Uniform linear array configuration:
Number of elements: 32
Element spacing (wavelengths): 1
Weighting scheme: hamming
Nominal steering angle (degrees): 45
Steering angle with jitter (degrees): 44.518
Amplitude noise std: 0.05
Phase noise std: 0.05

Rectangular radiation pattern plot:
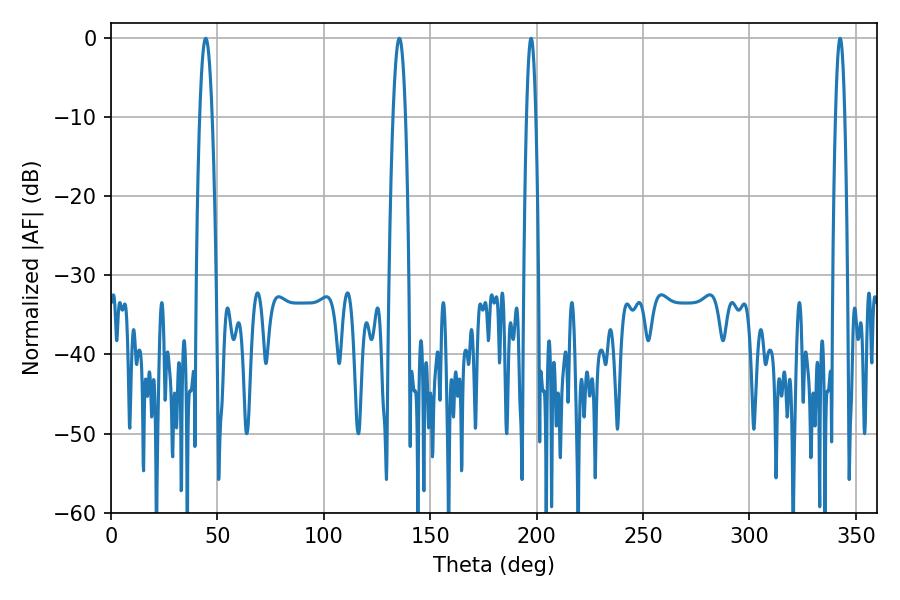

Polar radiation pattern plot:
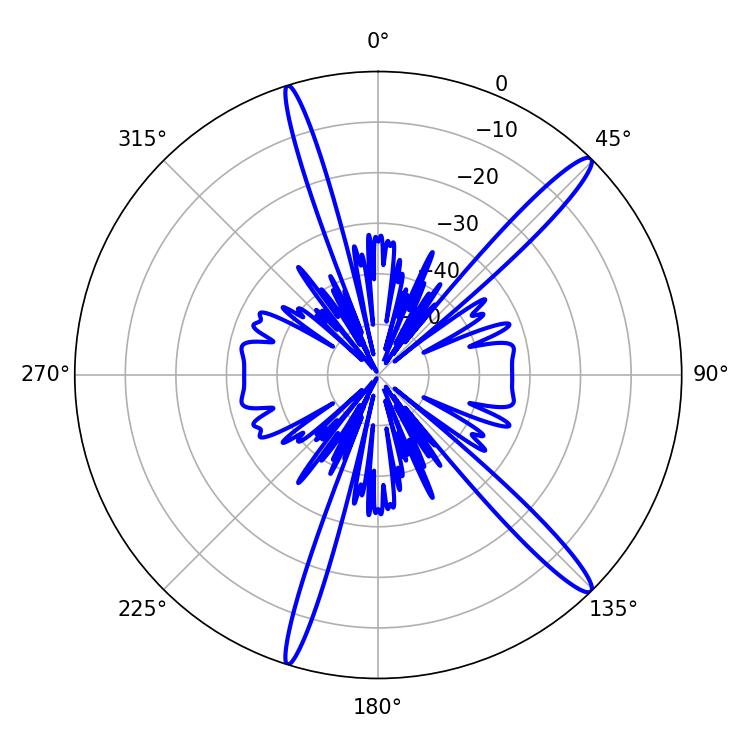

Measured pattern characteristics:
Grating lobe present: TRUE
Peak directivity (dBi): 15.339
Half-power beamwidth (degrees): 3.06
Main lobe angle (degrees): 44.46